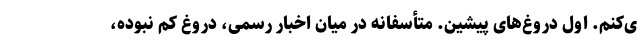
ی‌کنم. اول دروغ‌های پیشین. متأسفانه در میان اخبار رسمی، دروغ کم نبوده،